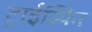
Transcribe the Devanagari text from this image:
ट्राईस्पिन